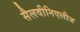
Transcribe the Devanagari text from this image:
सैलवीनिएलीज